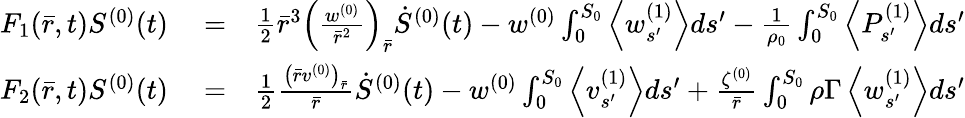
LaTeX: \begin{array}{rlr}{F_{1}(\bar{r},t)S^{(0)}(t)}&{{}=}&{\frac{1}{2}\bar{r}^{3}\left(\frac{w^{(0)}}{\bar{r}^{2}}\right)_{\bar{r}}\dot{S}^{(0)}(t)-w^{(0)}\int_{0}^{S_{0}}\left<w_{s^{\prime}}^{(1)}\right>ds^{\prime}-\frac{1}{\rho_{0}}\int_{0}^{S_{0}}\left<P_{s^{\prime}}^{(1)}\right>ds^{\prime}}\\ {F_{2}(\bar{r},t)S^{(0)}(t)}&{{}=}&{\frac{1}{2}\frac{\left(\bar{r}v^{(0)}\right)_{\bar{r}}}{\bar{r}}\dot{S}^{(0)}(t)-w^{(0)}\int_{0}^{S_{0}}\left<v_{s^{\prime}}^{(1)}\right>ds^{\prime}+\frac{\zeta^{(0)}}{\bar{r}}\int_{0}^{S_{0}}\rho\Gamma\left<w_{s^{\prime}}^{(1)}\right>ds^{\prime}}\end{array}